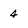
Character: 4